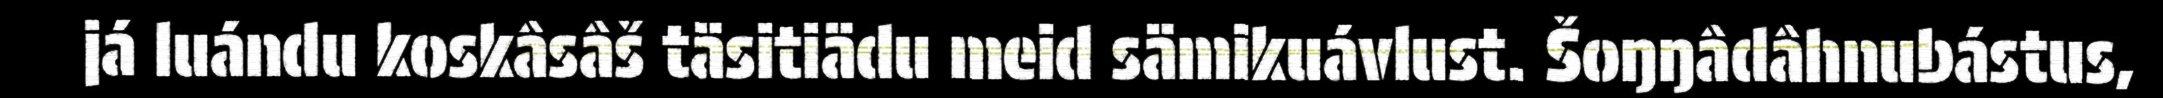
já luándu koskâsâš täsitiädu meid sämikuávlust. Šoŋŋâdâhnubástus,